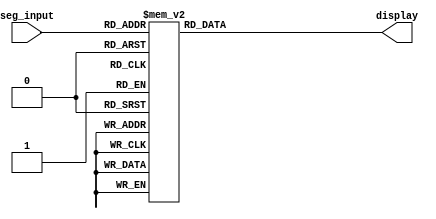
//ECE 5440
module SegDisplay(seg_input,display);
input [3:0] seg_input;
	output [6:0] display;
	reg [6:0] display;
	
	always @(seg_input)
		begin
			case(seg_input)
				4'b0000:	begin	// input 0
								//display=7'b0111111;
								display=7'b1000000;
							end
				4'b0001:	begin	// input 1
								//display=7'b0000110;
								display=7'b1111001;
							end
				4'b0010:	begin	// input 2
								//display=7'b1011011;
								display=7'b0100100;
							end
				4'b0011:	begin	// input 3
								//display=7'b1001111;
								display=7'b0110000;
							end
				4'b0100:	begin	// input 4
								//display=7'b1100110;
								display=7'b0011001;
							end
				4'b0101:	begin	// input 5
								//display=7'b1101101;
								display=7'b0010010;
							end
				4'b0110:	begin	// input 6
								//display=7'b1111101;
								display=7'b0000010;
							end
				4'b0111:	begin	// input 7
								//display=7'b0000111;
								display=7'b1111000;
							end
				4'b1000:	begin	// input 8
								//display=7'b1111111;
								display=7'b0000000;
							end
				4'b1001:	begin	// input 9
								//display=7'b1101111;
								display=7'b0010000;
							end
				default:	begin
								//display=7'b1110001;
								display=7'b0001110;
							end
			endcase
		end
endmodule